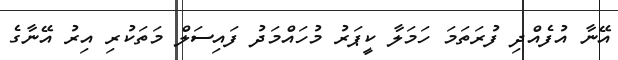
އޭނާ އުފެއްދި ފުރަތަމަ ހަމަލާ ކީޕަރު މުހައްމަދު ފައިސަލް މަތަކުރި އިރު އޭނާގެ